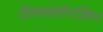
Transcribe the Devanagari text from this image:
विसचकोनसिन